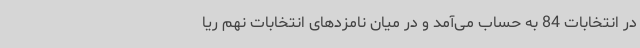
در انتخابات 84 به حساب می‌آمد و در میان نامزدهای انتخابات نهم ریا